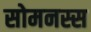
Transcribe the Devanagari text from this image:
सोमनस्स